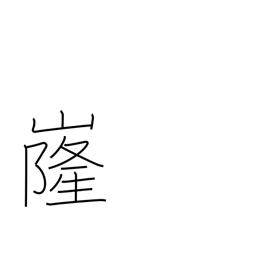
Meaning: shape of a mountain